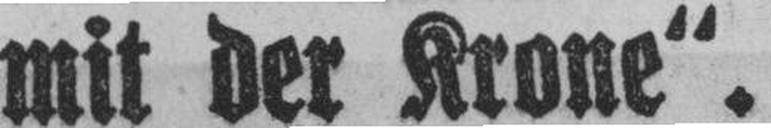
mit der Krone“.